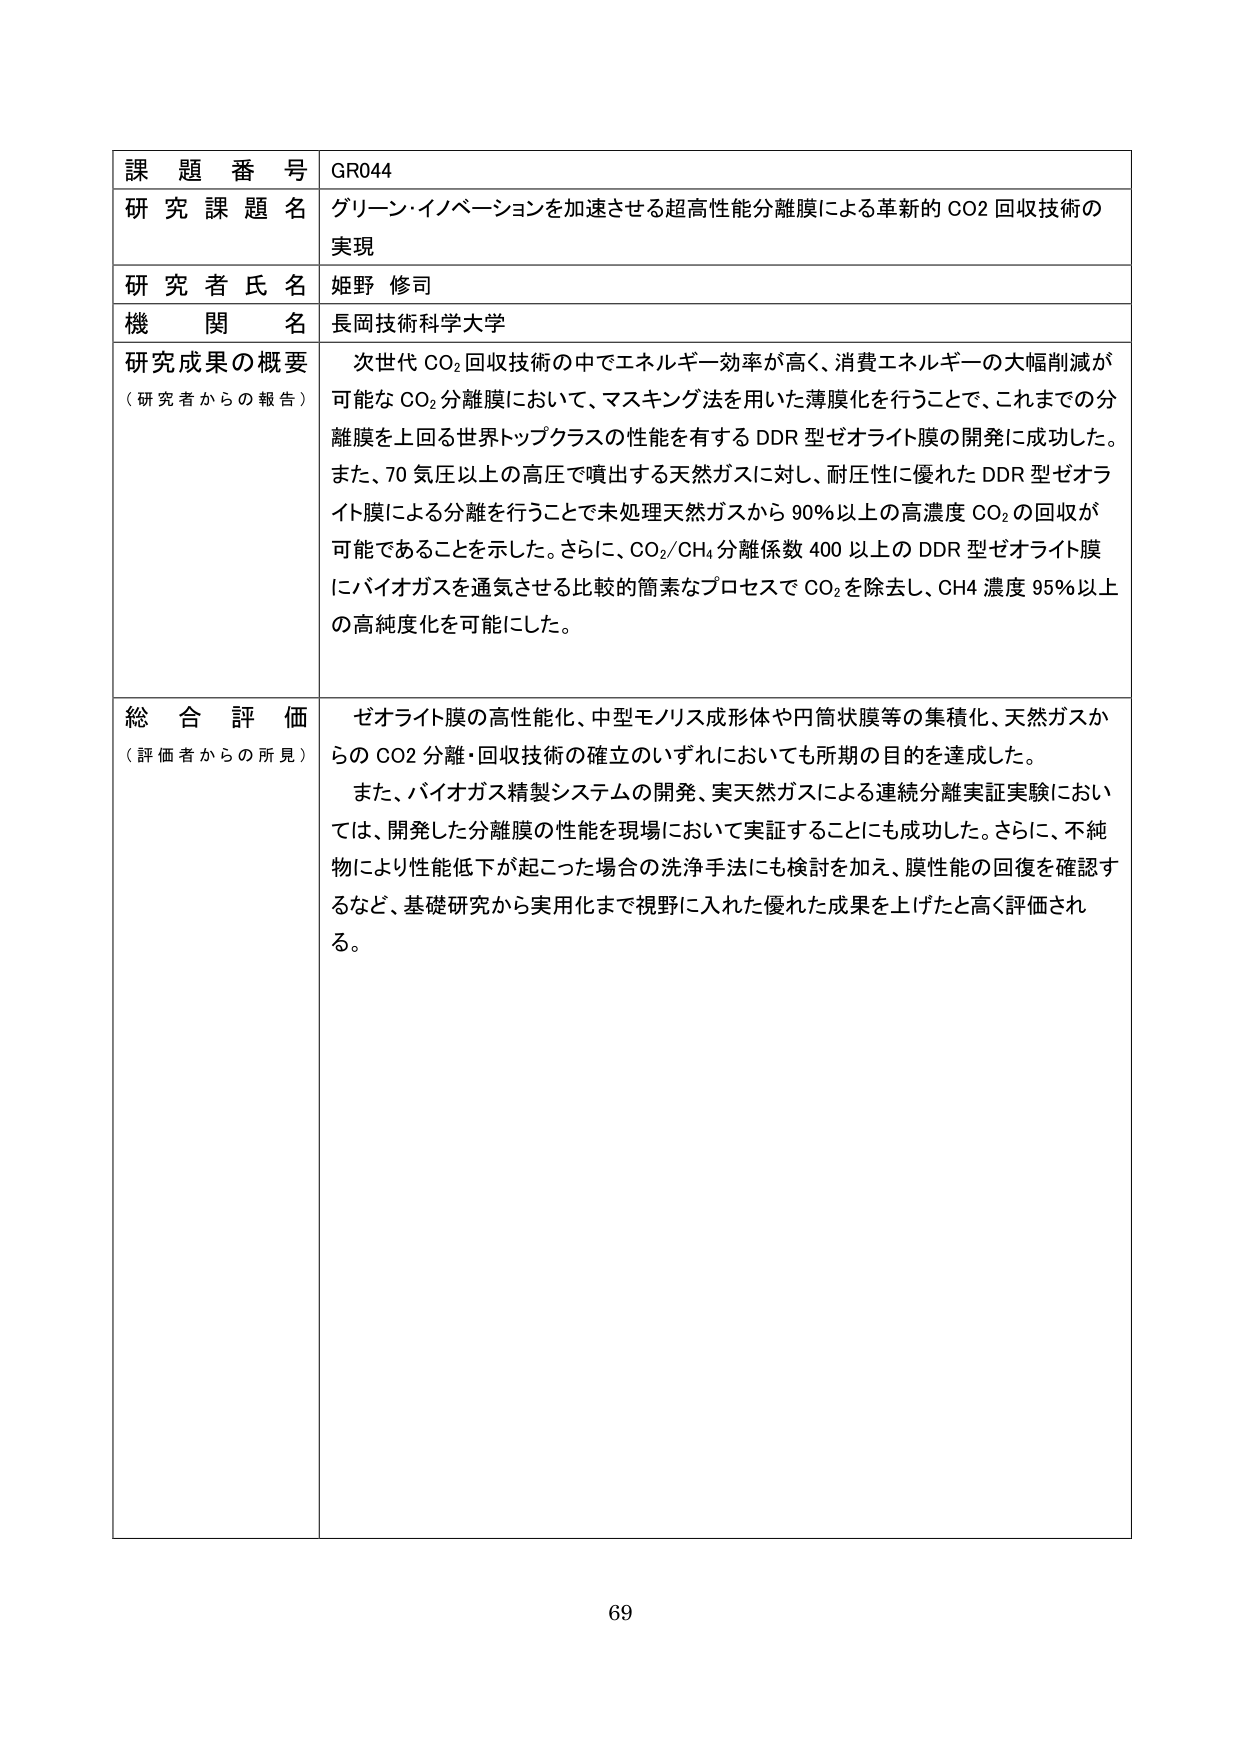
課題番号 GR044
研究課題名 グリーン・イノベーションを加速させる超高性能分離膜による革新的 CO2 回収技術の実現
研究者氏名 姫野 修司
機関名 長岡技術科学大学
研究成果の概要（研究者からの報告） 次世代 CO₂ 回収技術の中でエネルギー効率が高く、消費エネルギーの大幅削減が可能な CO₂ 分離膜において、マスキング法を用いた薄膜化を行うことで、これまでの分離膜を上回る世界トップクラスの性能を有する DDR 型ゼオライト膜の開発に成功した。また、70 気圧以上の高圧で噴出する天然ガスに対し、耐圧性に優れた DDR 型ゼオライト膜による分離を行うことで未処理天然ガスから 90% 以上の高濃度 CO₂ の回収が可能であることを示した。さらに、CO₂/CH₄ 分離係数 400 以上の DDR 型ゼオライト膜にバイオガスを通気させる比較的簡素なプロセスで CO₂ を除去し、CH₄ 濃度 95% 以上の高純度化を可能にした。
総合評価（評価者からの所見） ゼオライト膜の高性能化、中型モノリス成形体や円筒状膜等の集積化、天然ガスからの CO2 分離・回収技術の確立のいずれにおいても所期の目的を達成した。また、バイオガス精製システムの開発、実天然ガスによる連続分離実証実験においては、開発した分離膜の性能を現場において実証することにも成功した。さらに、不純物により性能低下が起こった場合の洗浄手法にも検討を加え、膜性能の回復を確認するなど、基礎研究から実用化まで視野に入れた優れた成果を上げたと高く評価される。
69